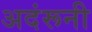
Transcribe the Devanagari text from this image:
अदंरूनी